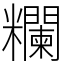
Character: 𥽭